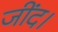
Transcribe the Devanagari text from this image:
जींद।